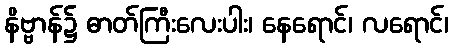
နိဗ္ဗာန်၌ ဓာတ်ကြီးလေးပါး၊ နေရောင်၊ လရောင်၊